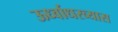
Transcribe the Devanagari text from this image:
ऊर्ध्वाधरव्यास